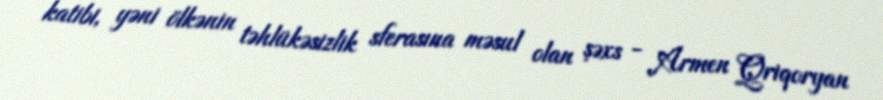
katibi, yəni ölkənin təhlükəsizlik sferasına məsul olan şəxs - Armen Qriqoryan